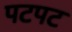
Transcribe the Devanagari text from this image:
पटपट